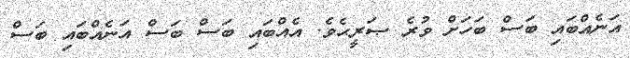
އަނެއްބައި ބަސް ބަހަށް ވުރެ ޞަރީޙެވެ. އެއްބައި ބަސް ބަސް އަނެއްބައި ބަސް